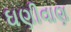
ઘણીવાણ